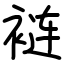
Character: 裢